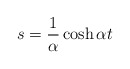
\begin{align*}s=\frac{1}{\alpha}\cosh\alpha t\end{align*}